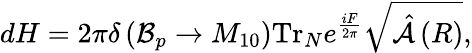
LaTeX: dH=2\pi\delta\left({\cal B}_{p}\rightarrow M_{10}\right)\mathrm{Tr}_{N}e^{\frac{iF}{2\pi}}\sqrt{\hat{\cal A}\left(R\right)},